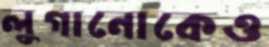
লুগানোকেও